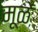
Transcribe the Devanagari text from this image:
मूळें